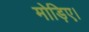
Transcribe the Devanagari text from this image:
मोड़िए।